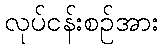
လုပ်ငန်းစဉ်အား